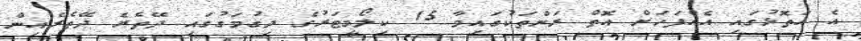
އެ އަތޮޅުގައި އެއްފަހަށް އޮތް ރަށްތަކުގައިވާ 15 ކިލޯމީޓަރުގެ ދިގުމަގުގައި ދޭތެރެ ދޭތެރެއިން